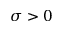
\sigma > 0